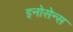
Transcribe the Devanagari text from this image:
इनोसेन्स